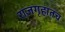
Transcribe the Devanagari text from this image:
राजगृहातच